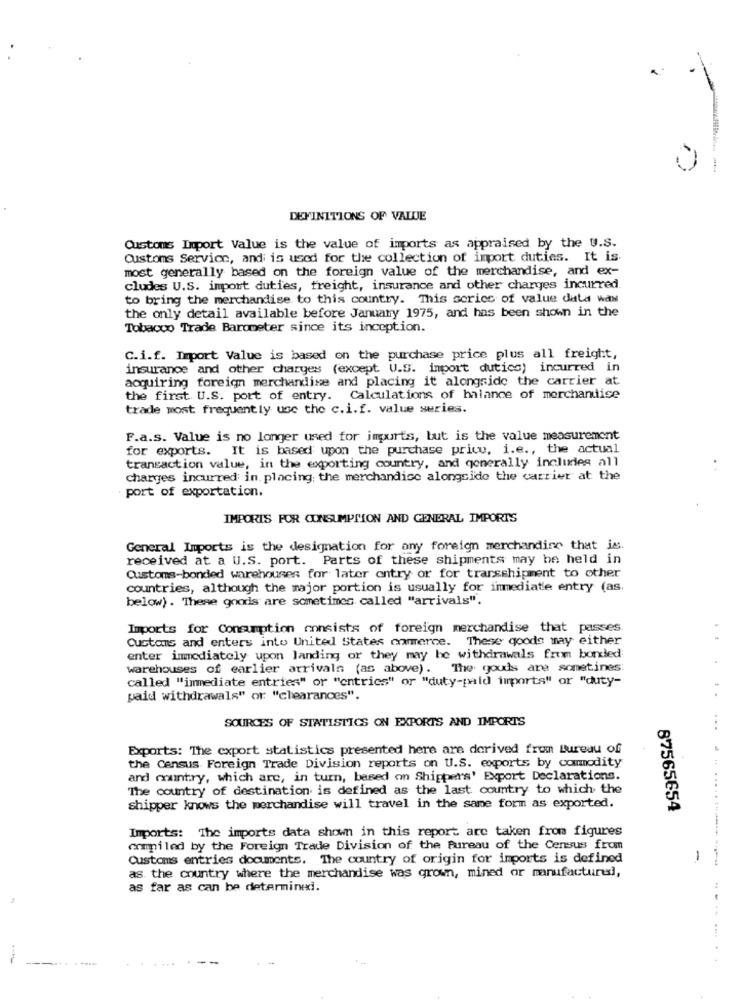
DEFINITIONS OF VALUE
Customs Import Value is the value of imports as appraised by the U.S.
Customs Service, and is used for the collection of import duties. It is-
most generally based on the foreign value of the merchandise, and ex-
cludes U.S. import duties, freight, insurance and other charges incurred.
to bring the merchandise to this country. This scricc of value data wax
the only detail available before January 1975, and has been shown in the
Tobacco Trade Barometer since its inception.
C.i.f. Import Value is based on the purchase price plus all freight,
insurance and other charges (except. U.S. import duties) incurred in
acquiring foreign merchandise and placing it alongside the carrier at
the first U.S. port of entry. Calculations of balance of merchandise
trade most frequently use the c.i.f. value series.
F.a.s. Value is no longer used for imports, but is the value measurement
for exports. It is based upon the purchase price, i.e ., the actual
transaction value, in the exporting country, and generally includes all
charges incurred in. placing the merchandise alongside the carrier at the
port of exportation.
IMPORIS FOR CONSUMPTION AND GENERAL IMPORTS
General Imports is the designation for any foreign merchandise that is.
received at a U.S. port. Parts of these shipments may be held in
Customs-bonded warehouses for later entry or for transshipment to other
countries, although the major portion is usually for immediate entry (as.
below) . These goods are sometimes called "arrivals".
Imports for Consumption consists of foreign merchandise that passes.
Customs and enters into United States commerce. These goods may either
enter immediately upon landing or they may be withdrawals from bonded
warehouses of earlier arrivals (as above). The gouds are sometines:
called "immediate entries" or "entries" or "duty-pid imports" or "duty-
paid withdrawals" or "clearances".
SOURCES OF STATISTICS ON EXPORTS AND IMPORTS
..
Exports: The export statistics presented here are derived from Bureau of
the Census Foreign Trade Division reports on U.S. exports by commodity
and country, which are, in turn, based on Shippers' Export Declarations.
The country of destination is defined as the last country to which the
...
shipper knows the merchandise will travel in the same form as exported.
87565654
Imports: The imports data shown in this report are taken from figures
compiled by the Foreign Trade Division of the Bureau of the Census from
Customs entries documents. The country of origin for imports is defined
as the country where the merchandise was grown, mined or manufactured,
as far as can be determined.
--